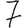
Digit: 7